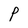
Character: P